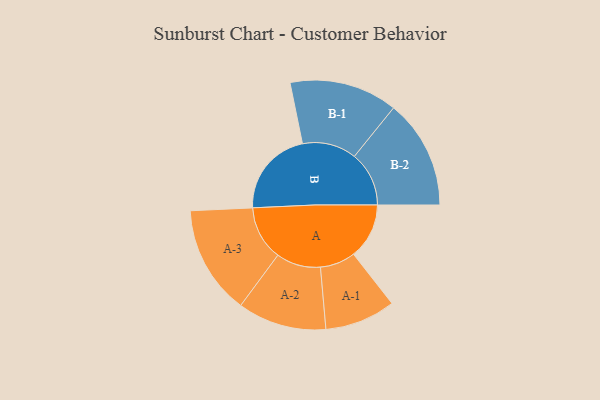
{"axis": {"x": "Segment", "y": "Value"}, "legend": ["", "A", "B"], "data": [{"x": "A", "y": 294, "type": ""}, {"x": "B", "y": 459, "type": ""}, {"x": "A-1", "y": 187, "type": "A"}, {"x": "A-2", "y": 235, "type": "A"}, {"x": "A-3", "y": 288, "type": "A"}, {"x": "B-1", "y": 286, "type": "B"}, {"x": "B-2", "y": 289, "type": "B"}]}